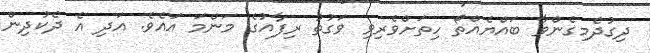
ދިގުދެމިގެންވާ ބައްޔެއްތޯ ހިތަށްވެރިވި ވަގުތު ރިފާއުގެ މަންމަ އައެވެ. އަދި އެ ދެކުދިން